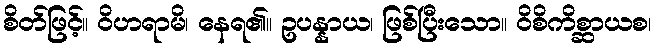
စိတ်ဖြင့်။ ဝိဟရာမိ၊ နေရ၏။ ဥပန္နာယ၊ ဖြစ်ပြီးသော။ ဝိစိကိစ္ဆာယစ၊